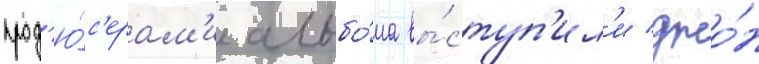
прод'ю́с'ерам'и альбо́ма вы́ступ'ил'и джо́н